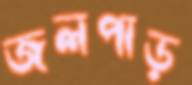
জলপাড়